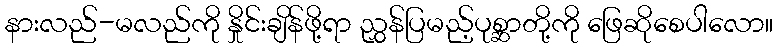
နားလည်-မလည်ကို နှိုင်းချိန်ဖို့ရာ ညွှန်ပြမည့်ပုစ္ဆာတို့ကို ဖြေဆိုစေပါလော။